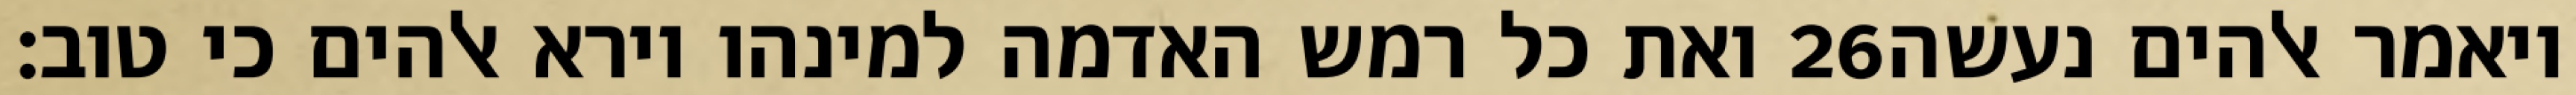
ואת כל רמש האדמה למינהו וירא אלהים כי טוב׃ ‎26‏ ויאמר אלהים נעשה